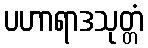
ပဟာရာဒသုတ္တံ